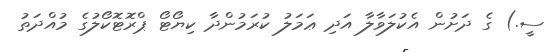
ސީ.) ގެ ދަށުން އެކުލަވާލާ އަދި ޢަމަލު ކުރަމުންދާ ކިޔޯޓޯ ޕްރޮޓޮކޯލުގެ މުއްދަތު